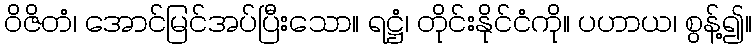
ဝိဇိတံ၊ အောင်မြင်အပ်ပြီးသော။ ရဋ္ဌံ၊ တိုင်းနိုင်ငံကို။ ပဟာယ၊ စွန့်၍။